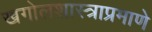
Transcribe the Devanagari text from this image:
खगोलशास्त्राप्रमाणे